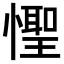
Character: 𪬮